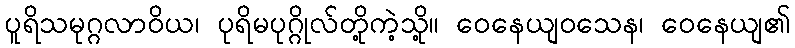
ပူရိသမုဂ္ဂလာဝိယ၊ ပုရိမပုဂ္ဂိုလ်တို့ကဲ့သို့။ ဝေနေယျဝသေန၊ ဝေနေယျ၏